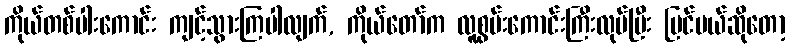
ကိုယ်တစ်ပါးကောင်း ကျင့်သွားကြပါလျက်, ကိုယ်တော်က လူစွမ်းကောင်းကြီးလုပ်ပြီး ပြင်မယ်ဆိုတော့